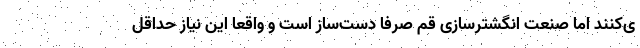
ی‌کنند اما صنعت انگشترسازی قم صرفا دست‌ساز است و واقعا این نیاز حداقل